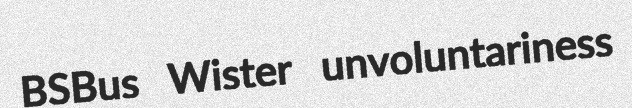
BSBus Wister unvoluntariness